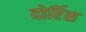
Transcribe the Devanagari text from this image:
दोर्रिस